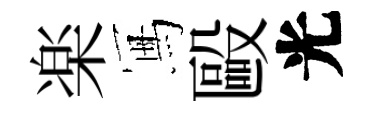
楽冩毆光